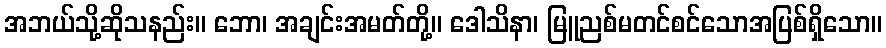
အဘယ်သို့ဆိုသနည်း။ ဘော၊ အချင်းအမတ်တို့။ ဒေါသိနာ၊ မြူညစ်မတင်စင်သောအပြစ်ရှိသော။